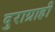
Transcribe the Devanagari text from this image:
दुराग्राही